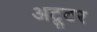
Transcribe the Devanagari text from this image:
अट्टूर